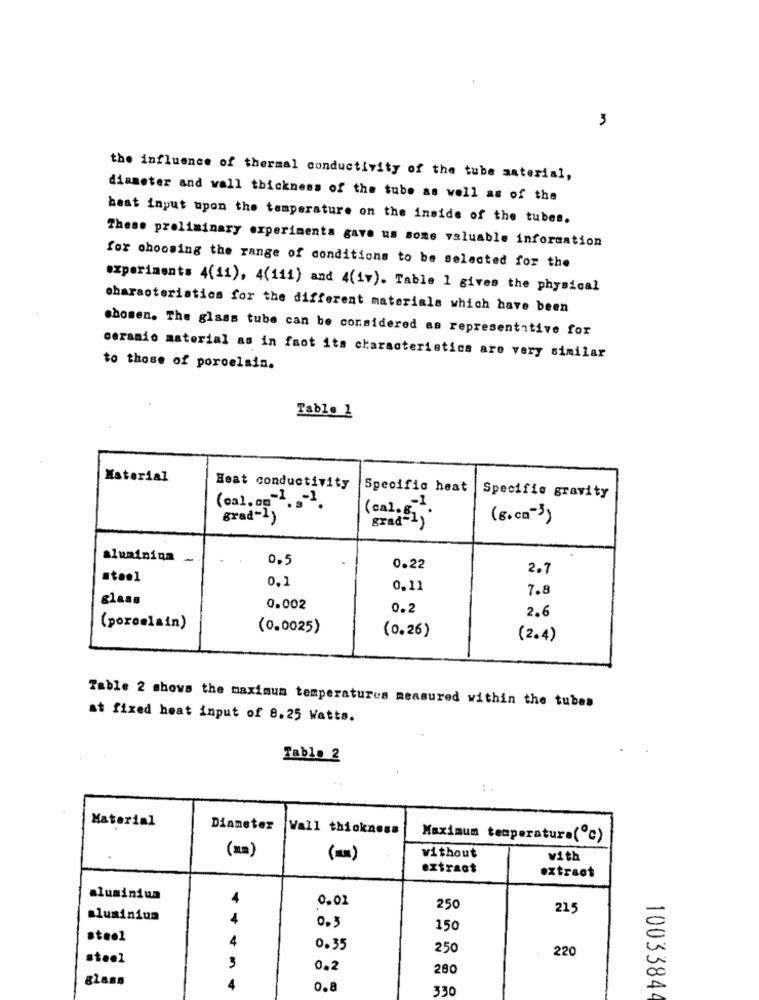
3
the influence of thermal conductivity of the tube material,
diameter and wall thickness of the tube as well as of the
heat input upon the temperature on the inside of the tubes.
These preliminary experimenta gave us some valuable information
for choosing the range of conditions to be selected for the
experiments 4(11), 4(111) and 4(17). Table 1 gives the physical
characteristics for the different materials which have been
chomen. The glass tube can be considered as representative for
ceramio material as in faot its characteristics are very similar
to those of porcelain.
Table 1
Material
Heat conductivity
Specific heat
(cal. om-1. .- 1
Specific gravity
grad-1)
(cal.6 ...
grad-1)
(g.cm-3)
aluminium
0.5
0.22
2.7
0.1
0.11
7.8
glass
0.002
0.2
2.6
(porcelain)
(0.0025)
(0.26)
(2.4)
Table 2 shows the maximum temperatures measured within the tubes
at fixed heat input of 8.25 Watts.
Tablo 2
:.
Material
Diameter Wall thickness
Maximum temperatura(c)
(mm)
without
vith
extract
extract
aluminium
4
0.02
250
215
aluminium
4
150
steel
4
0.35
250
220
steel
3
0.2
280
glass
0.8
330
1003384